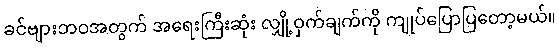
ခင်ဗျားဘဝအတွက် အရေးကြီးဆုံး လျှို့ဝှက်ချက်ကို ကျုပ်ပြောပြတော့မယ်။